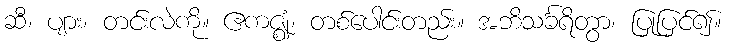
ဆီ၊ ပျား၊ တင်းလဲကို။ ဧကဇ္ဈံ၊ တစ်ပေါင်းတည်း။ အဘိသင်္ခရိတွာ၊ ပြုပြင်၍။